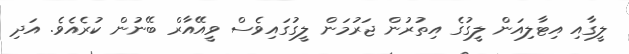
ލީގާއި އިޓާލިއަން ލީގުގެ އިތުރުން ޖަރުމަން ލީގުގައިވެސް ވީއޭއާރް ބޭނުން ކުރެއެވެ. އަދި